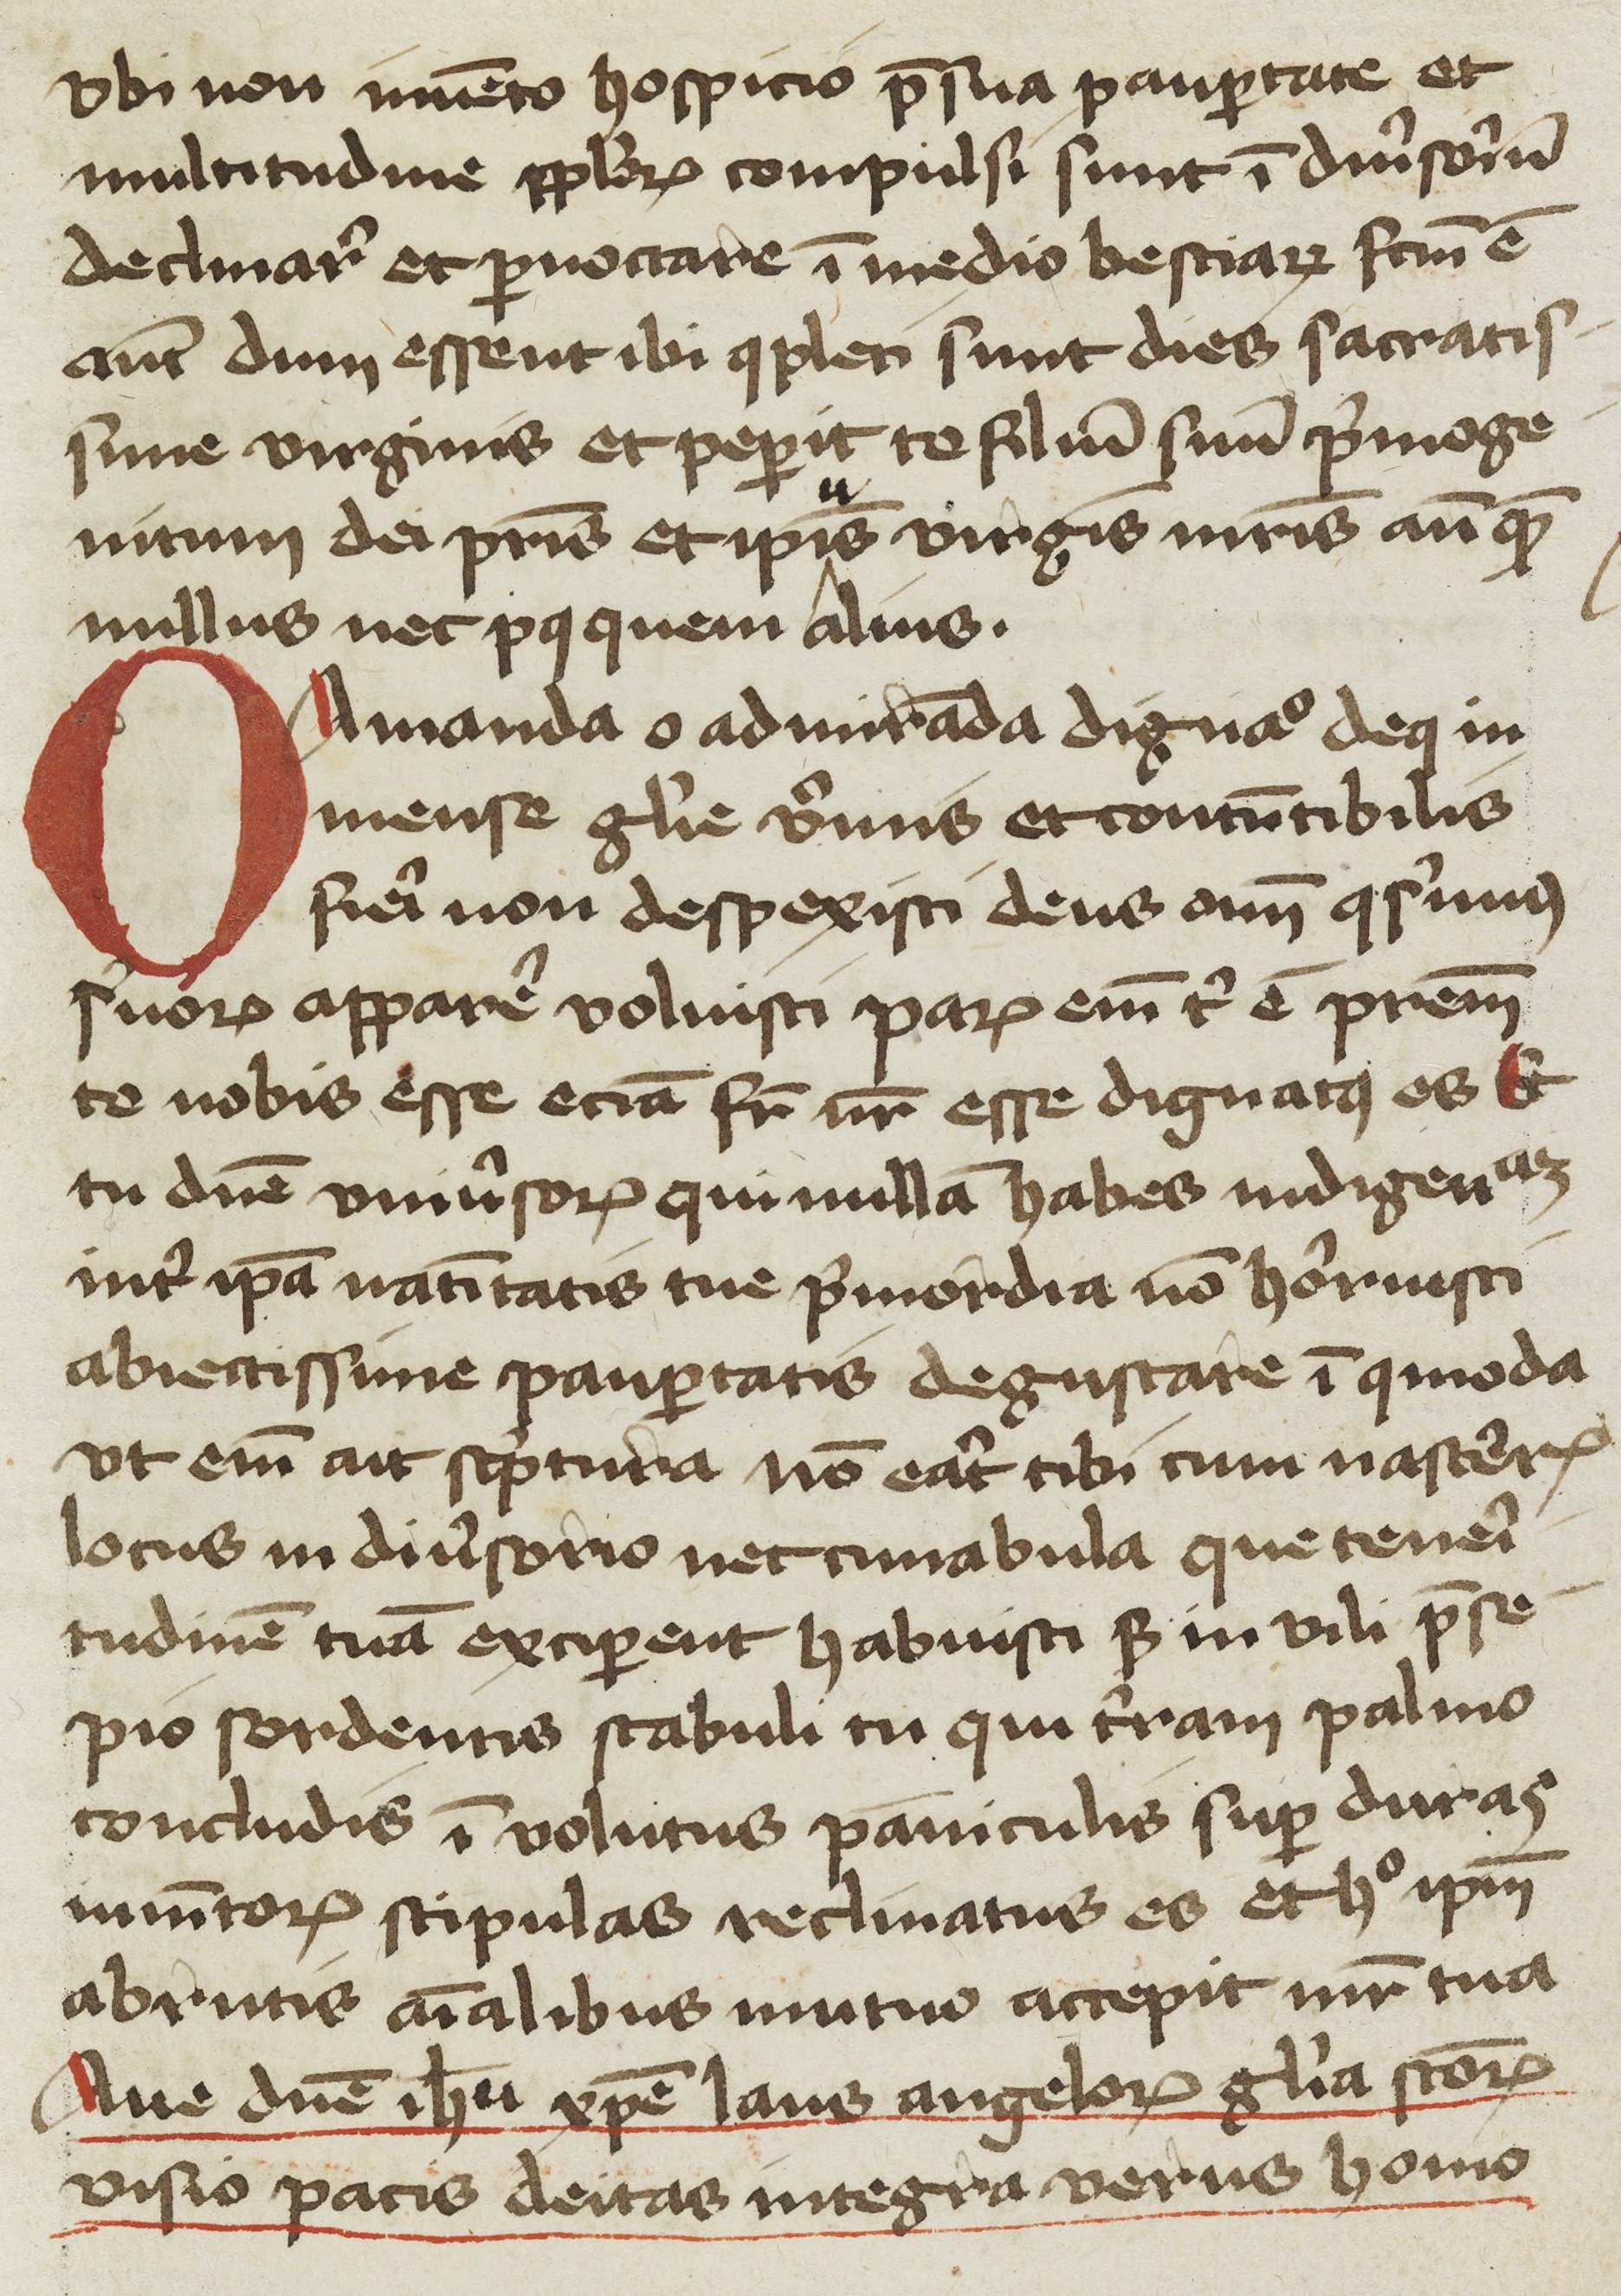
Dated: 1400–1449